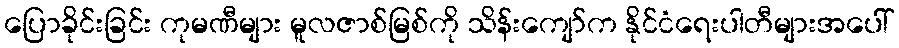
ပြောခိုင်းခြင်း ကုမဏီများ မူလဇာစ်မြစ်ကို သိန်းကျော်က နိုင်ငံရေးပါတီများအပေါ်